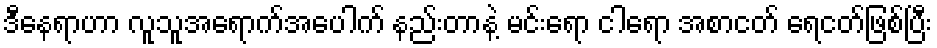
ဒီနေရာဟာ လူသူအရောက်အပေါက် နည်းတာနဲ့ မင်းရော ငါရော အစာငတ် ရေငတ်ဖြစ်ပြီး